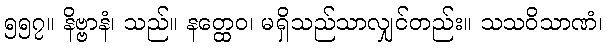
၅၅၇။ နိဗ္ဗာနံ၊ သည်။ နတ္ထေဝ၊ မရှိသည်သာလျှင်တည်း။ သသဝိသာဏံ၊